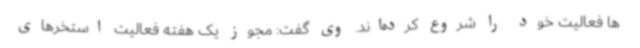
ها فعالیت خود را شروع کرده‌اند. وی گفت: مجوز یک هفته فعالیت استخرهای